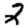
Digit: 2